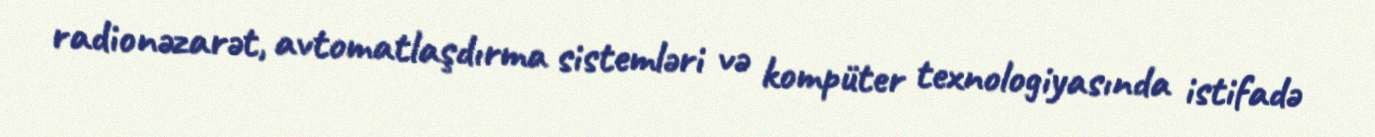
radionəzarət, avtomatlaşdırma sistemləri və kompüter texnologiyasında istifadə